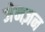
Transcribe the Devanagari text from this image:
जेनज़न